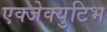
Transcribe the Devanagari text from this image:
एक्जेक्युटिभ